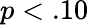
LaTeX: p<.10